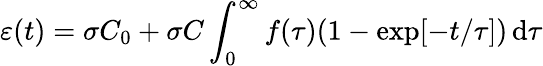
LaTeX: \varepsilon(t)=\sigma C_{0}+\sigma C\int_{0}^{\infty}f(\tau)(1-\exp[-t/\tau])\, \mathrm{d}\tau